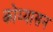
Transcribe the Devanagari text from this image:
कोय्यासन